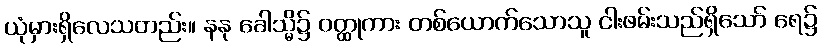
ယုံမှားရှိလေသတည်း။ နနု ခေါသ္မိ၌ ဝတ္ထုကား တစ်ယောက်သောသူ ငါးဖမ်းသည်ရှိသော် ရေ၌